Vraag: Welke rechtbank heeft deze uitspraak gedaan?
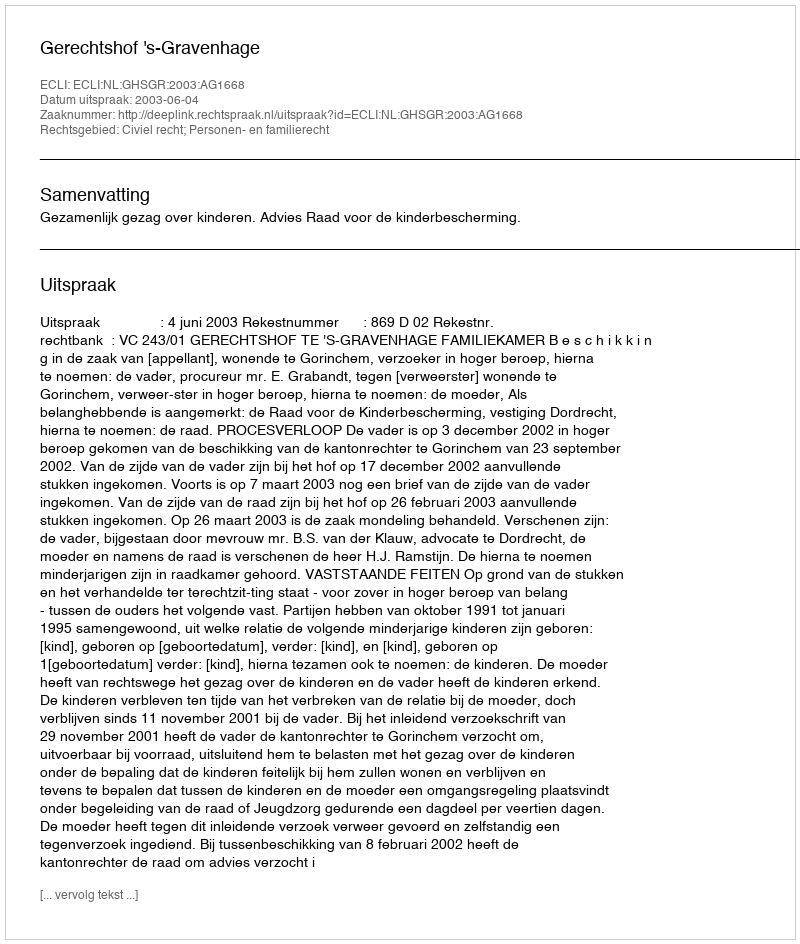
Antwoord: Gerechtshof 's-Gravenhage